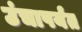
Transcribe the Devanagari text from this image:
उंचापर्यंत